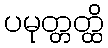
ပမုတ္တတ္ထိ